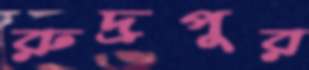
রুদ্রপুর